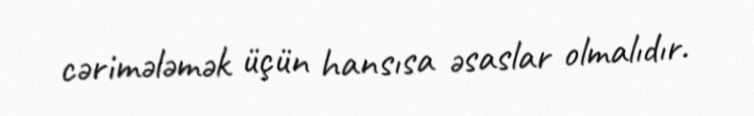
cərimələmək üçün hansısa əsaslar olmalıdır.